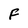
Character: F